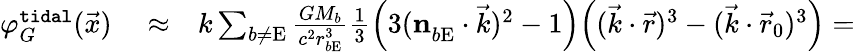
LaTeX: \begin{array}{rlr}{\varphi_{G}^{\tt tidal}(\vec{x})}&{{}\approx}&{k\sum_{b\not=\mathrm{E}}\frac{GM_{b}}{c^{2}r_{b\mathrm{E}}^{3}}{\textstyle\frac{1}{3}}\Big(3(\boldsymbol{\mathrm{n}}_{b\mathrm{E}}^{}\cdot\vec{k})^{2}-1\Big)\Big((\vec{k}\cdot\vec{r})^{3}-(\vec{k}\cdot\vec{r}_{0})^{3}\Big)=}\end{array}